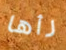
رأها